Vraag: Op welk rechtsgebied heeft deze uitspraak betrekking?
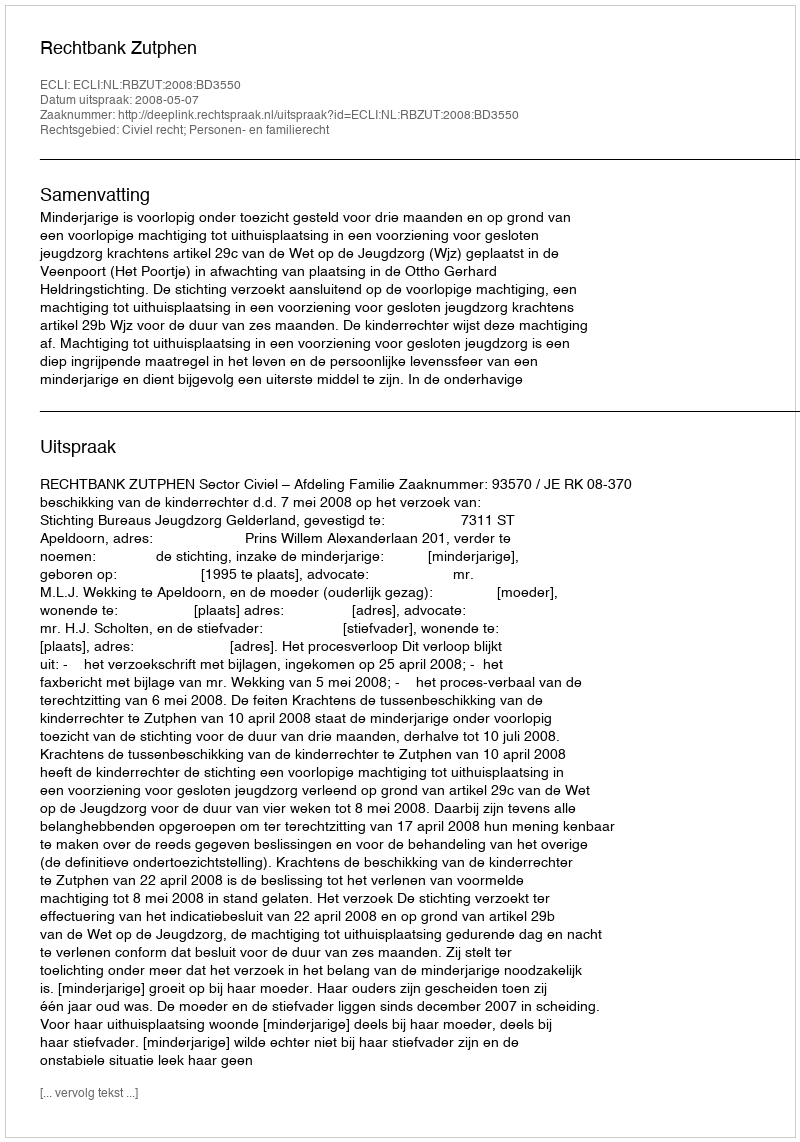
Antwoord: Civiel recht; Personen- en familierecht